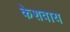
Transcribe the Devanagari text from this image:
केशवाय